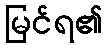
မြင်ရ၏